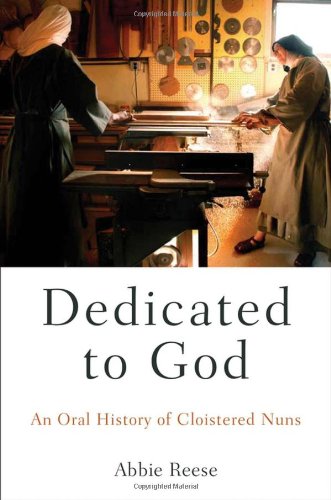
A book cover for Dedicated to God: An Oral History of Cloistered Nuns (Oxford Oral History Series); Abbie Reese; Christian Books & Bibles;